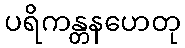
ပရိကန္တနဟေတု